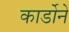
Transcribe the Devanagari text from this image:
कार्डोने